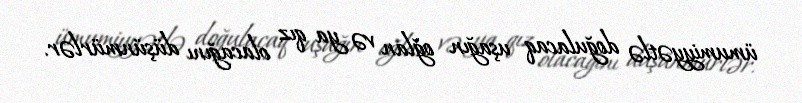
ümumiyyətlə doğulacaq uşağın oğlan və ya qız olacağını düşünmürlər.